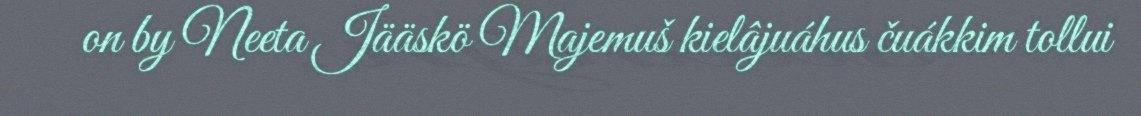
on by Neeta Jääskö Majemuš kielâjuáhus čuákkim tollui